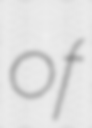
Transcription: of